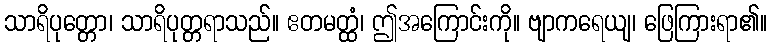
သာရိပုတ္တော၊ သာရိပုတ္တရာသည်။ ဧတမတ္ထံ၊ ဤအကြောင်းကို။ ဗျာကရေယျ၊ ဖြေကြားရာ၏။